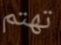
تهتم